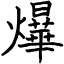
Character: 爗